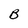
Character: B